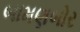
બામણબોર